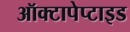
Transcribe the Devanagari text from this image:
ऑक्टापेप्टाइड